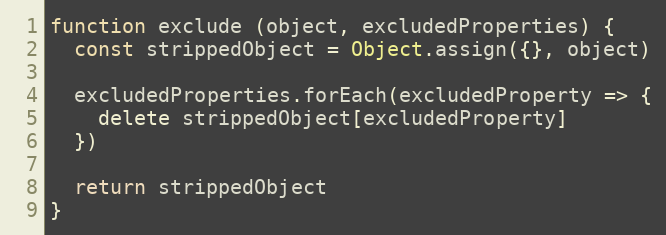
Language: JavaScript
function exclude (object, excludedProperties) {
  const strippedObject = Object.assign({}, object)

  excludedProperties.forEach(excludedProperty => {
    delete strippedObject[excludedProperty]
  })

  return strippedObject
}